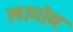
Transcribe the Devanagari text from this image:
लागोम